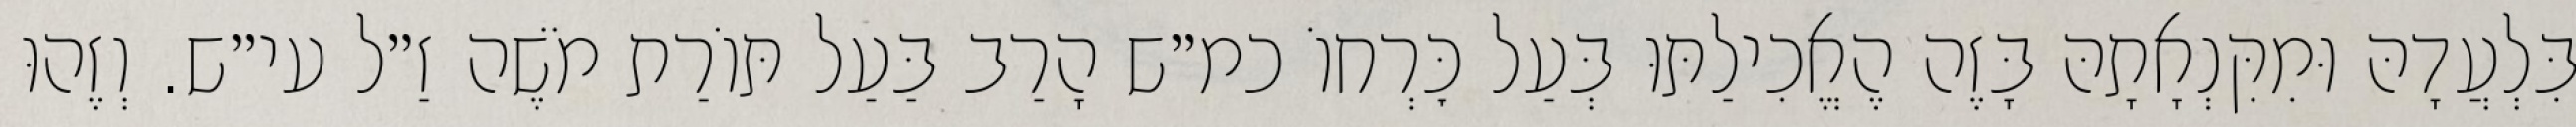
בִּלְעֲדָהּ וּמִקִּנְאָתָהּ בָּזֶה הֶאֱכִילַתּוּ בְּעַל כׇּרְחוֹ כמ״ש הָרַב בַּעַל תּוֹרַת מֹשֶׁה זַ״ל עי״ש. וְזֶהוּ